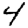
Digit: 4